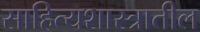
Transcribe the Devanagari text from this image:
साहित्यशास्त्रातील